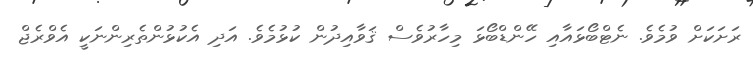
ރަށަކަށް ވުމެވެ. ނެޓްބޯޅައާއި ހޭންޑްބޯޅަ މިހާރުވެސް ޤަވާއިދުން ކުޅުމެވެ. އަދި އެކުޅުންތެރިންނަކީ އެވްރެޖް